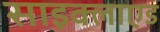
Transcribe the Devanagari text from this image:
साइक्लाएड